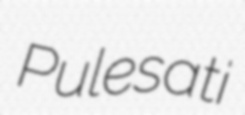
Pulesati